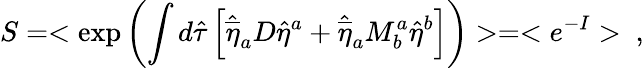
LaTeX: S=<\exp\left(\int d\hat{\tau}\left[\hat{\overline{{{\eta}}}}_{a}D\hat{\eta}^{a}+\hat{\overline{{{\eta}}}}_{a}M_{b}^{a}\hat{\eta}^{b}\right]\right)>=<e^{-I}>\ ,